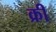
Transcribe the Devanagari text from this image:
क्रीं